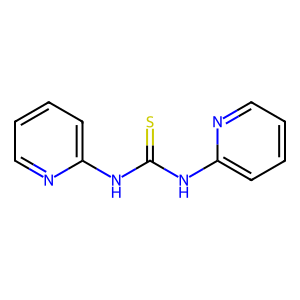
SMILES: S=C(Nc1ccccn1)Nc1ccccn1
Inhibits HIV replication: No